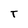
Character: T